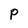
Character: P